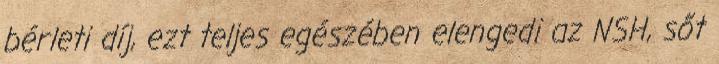
bérleti díj, ezt teljes egészében elengedi az NSH, sőt